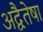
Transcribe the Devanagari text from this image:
अद्वैतेषा